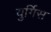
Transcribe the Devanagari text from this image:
युर्गिस